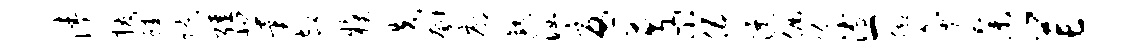
涛援蛙隙强悲异却糗迭刳廓熟涵忧芟小伍瀑倔份溥一脚灸参芒